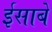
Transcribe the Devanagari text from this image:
ईसाबे